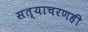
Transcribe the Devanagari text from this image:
सत्याचरणही